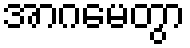
အာဂမေတွာ